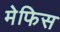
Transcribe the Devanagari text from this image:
मेफिस